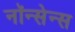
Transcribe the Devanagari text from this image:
नॉन्सेन्स